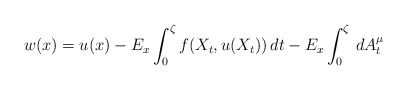
\begin{align*}w(x)=u(x)-E_{x}\int_{0}^{\zeta}f(X_{t}, u(X_{t}))\,dt-E_{x}\int_{0}^{\zeta}\,dA_{t}^{\mu}\end{align*}